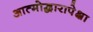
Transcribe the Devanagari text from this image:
आत्मोद्धारापेक्षा